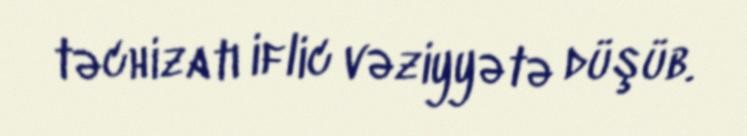
təchizatı iflic vəziyyətə düşüb.